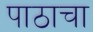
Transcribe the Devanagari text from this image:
पाठाचा